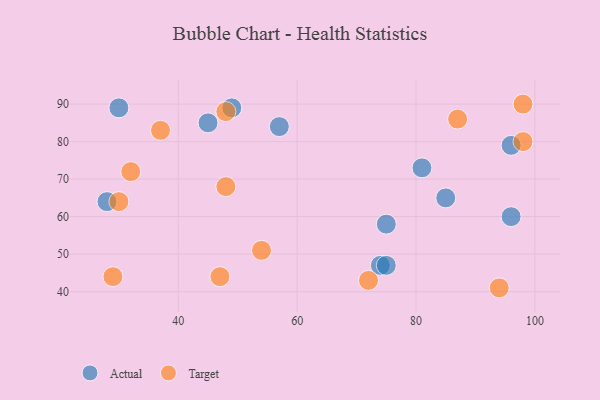
{"axis": {"x": "GDP", "y": "Life Expectancy"}, "legend": ["Actual", "Target"], "data": [{"x": "75", "y": 58, "type": "Actual"}, {"x": "74", "y": 47, "type": "Actual"}, {"x": "28", "y": 64, "type": "Actual"}, {"x": "45", "y": 85, "type": "Actual"}, {"x": "49", "y": 89, "type": "Actual"}, {"x": "96", "y": 60, "type": "Actual"}, {"x": "57", "y": 84, "type": "Actual"}, {"x": "75", "y": 47, "type": "Actual"}, {"x": "85", "y": 65, "type": "Actual"}, {"x": "30", "y": 89, "type": "Actual"}, {"x": "96", "y": 79, "type": "Actual"}, {"x": "81", "y": 73, "type": "Actual"}, {"x": "47", "y": 44, "type": "Target"}, {"x": "32", "y": 72, "type": "Target"}, {"x": "98", "y": 80, "type": "Target"}, {"x": "48", "y": 68, "type": "Target"}, {"x": "87", "y": 86, "type": "Target"}, {"x": "37", "y": 83, "type": "Target"}, {"x": "29", "y": 44, "type": "Target"}, {"x": "54", "y": 51, "type": "Target"}, {"x": "94", "y": 41, "type": "Target"}, {"x": "72", "y": 43, "type": "Target"}, {"x": "48", "y": 88, "type": "Target"}, {"x": "98", "y": 90, "type": "Target"}, {"x": "30", "y": 64, "type": "Target"}]}